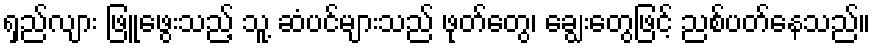
ရှည်လျား ဖြူဖွေးသည့် သူ့ ဆံပင်များသည် ဖုတ်တွေ၊ ချွေးတွေဖြင့် ညစ်ပတ်နေသည်။